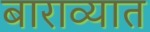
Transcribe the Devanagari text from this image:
बाराव्यात